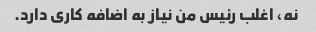
نه، اغلب رئیس من نیاز به اضافه کاری دارد.